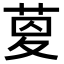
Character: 𦱟